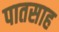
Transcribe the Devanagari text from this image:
पातसाह